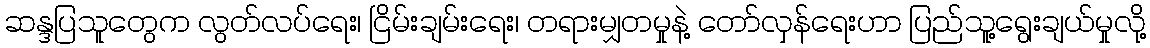
ဆန္ဒပြသူတွေက လွတ်လပ်ရေး၊ ငြိမ်းချမ်းရေး၊ တရားမျှတမှုနဲ့ တော်လှန်ရေးဟာ ပြည်သူ့ရွေးချယ်မှုလို့